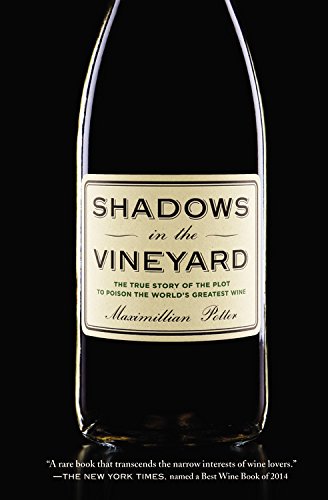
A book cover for Shadows in the Vineyard: The True Story of the Plot to Poison the World's Greatest Wine; Maximillian Potter; Cookbooks, Food & Wine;